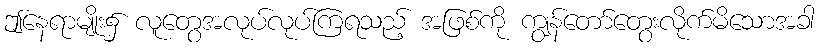
ဤနေရာမျိုး၌ လူတွေအလုပ်လုပ်ကြရသည့် အဖြစ်ကို ကျွန်တော်တွေးလိုက်မိသောအခါ